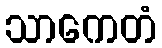
သာကေတံ